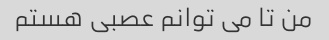
من تا می توانم عصبی هستم